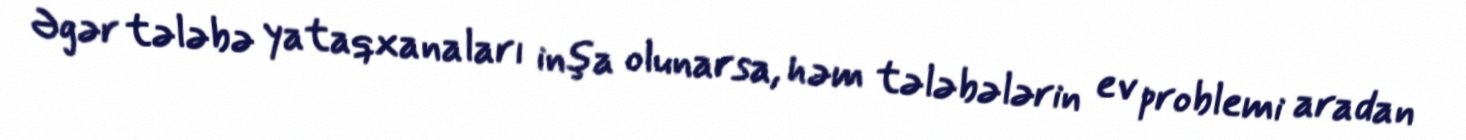
Əgər tələbə yataqxanaları inşa olunarsa, həm tələbələrin ev problemi aradan